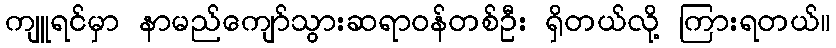
ကျူရင်မှာ နာမည်ကျော်သွားဆရာဝန်တစ်ဦး ရှိတယ်လို့ ကြားရတယ်။